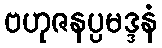
ဗဟုဇနပ္ပမဒ္ဒနံ